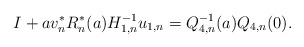
\begin{align*} I+ a v_n^*R_n^*(a)H_{1,n}^{-1} u_{1,n}=Q_{4,n}^{-1}(a)Q_{4,n}(0). \end{align*}